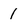
Character: 1